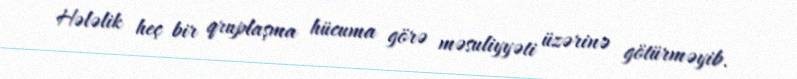
Hələlik heç bir qruplaşma hücuma görə məsuliyyəti üzərinə götürməyib.